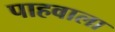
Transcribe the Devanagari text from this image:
पाहवाला